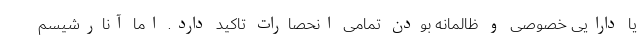
یا دارایی خصوصی و ظالمانه بودن تمامی انحصارات تاکید دارد. اما آنارشیسم